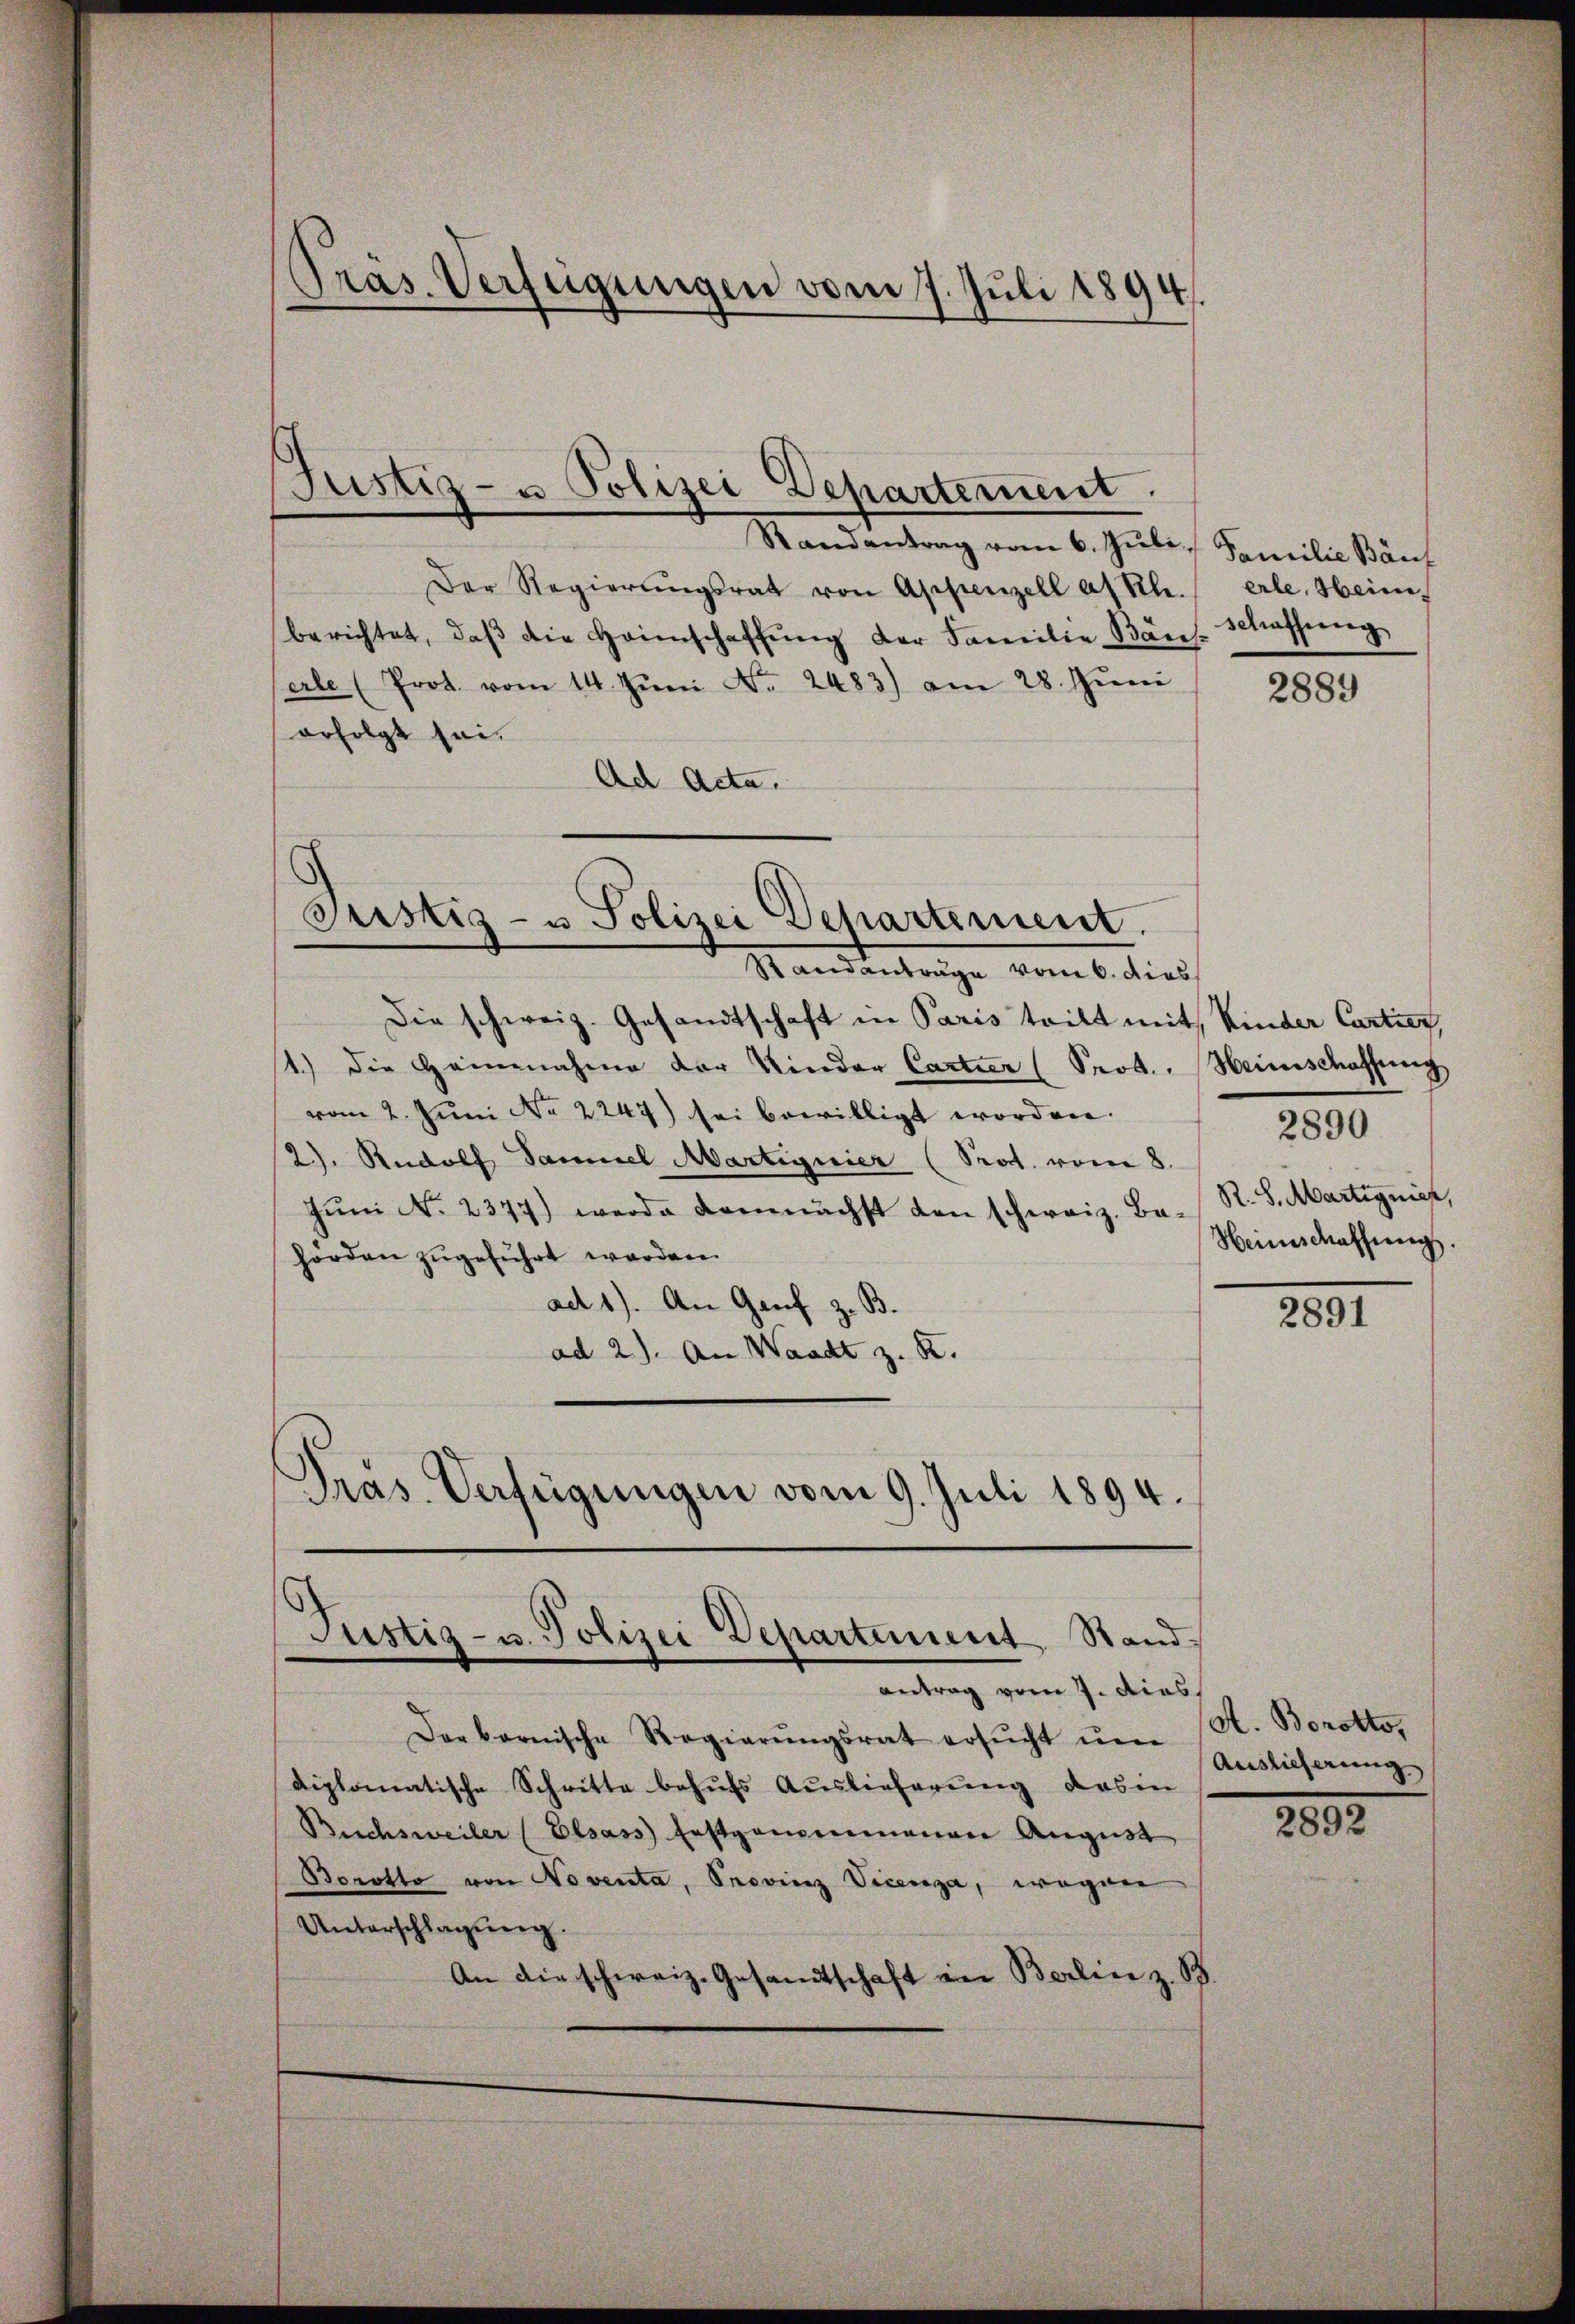
Präs. Verfügungen vom 7. Juli 1894.

Randantrag vom 6. Juli, Familie Bänz
Der Regierŭngsrat von Appenzell a/Rh.
berichtet, daβ die Heimschaffŭng der Familie Bäns-Schaffŭng
arle (Prot. vom 14. Jŭni No. 2483) am 28. Jŭni
erfolgt sei.
Ad Acta.

Justiz- u Polizei Departement.

Justiz- u Polizei Departement.

Standantrage vom 6. dies
Die schweiz. Gesandtschaft in Paris teilt mit Kinder Cartiez,
st.) die Heinnahme der Kinder Cartier (Prod. Heimschaffung
vom 2. Juni No 2247) sei bewilligt worden.
2). Rudolf Samuel Martignier (Prot. vom 8.
Jŭni No 2377) werde demnächst den schweiz. Ba-
hörden zugeführt werden.
ad 1). An Genf z. B.
ad 2). An Waadt z. R.
Pras. Verfügungen vom 9. Juli 1894.

Justiz- u. Polizei Departement, Standantrag vom 7. dies.

Der bernische Regierŭngsrat ersŭcht ŭm
diplomatische Schritte behufs Auslieferung des in
Buchsweiler (Elsass Erstgangenmanen August
Borotto von Noventa, Provinz Vicenza, wegen
Unterschlagung.
An die schweiz. Gesandtschaft ein Berlin z. B.

erle, Heim¬

2889

R. S. Martignier,
Heimschaffung.

2890

2891

(A. Borotto,
Auslieferung

1892